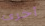
أخرى